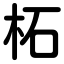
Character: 柘